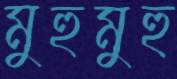
মুহুমুহু